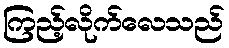
ကြည့်လိုက်လေသည်